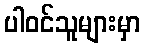
ပါဝင်သူများမှာ